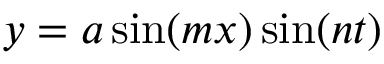
y = a \sin ( m x ) \sin ( n t )